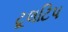
ટૂલટિપ